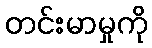
တင်းမာမှုကို